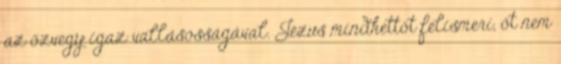
az özvegy igaz vallásosságával. Jézus mindkettőt felismeri, őt nem